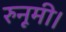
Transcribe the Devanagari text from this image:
रुनूमी।